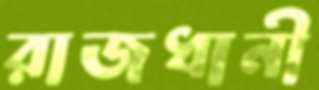
রাজধানী